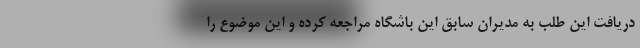
دریافت این طلب به مدیران سابق این باشگاه مراجعه کرده و این موضوع را